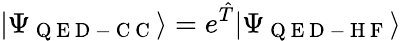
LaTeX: |\Psi_{\mathrm{~Q~E~D~-~C~C~}}\rangle=e^{\hat{T}}|\Psi_{\mathrm{~Q~E~D~-~H~F~}}\rangle